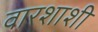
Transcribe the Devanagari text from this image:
वारशाशी